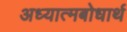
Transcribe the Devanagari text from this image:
अध्यात्मबोधार्थ